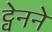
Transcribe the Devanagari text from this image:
ट्वेनने